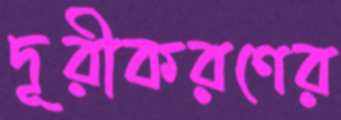
দূরীকরণের